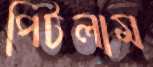
পিটলাম